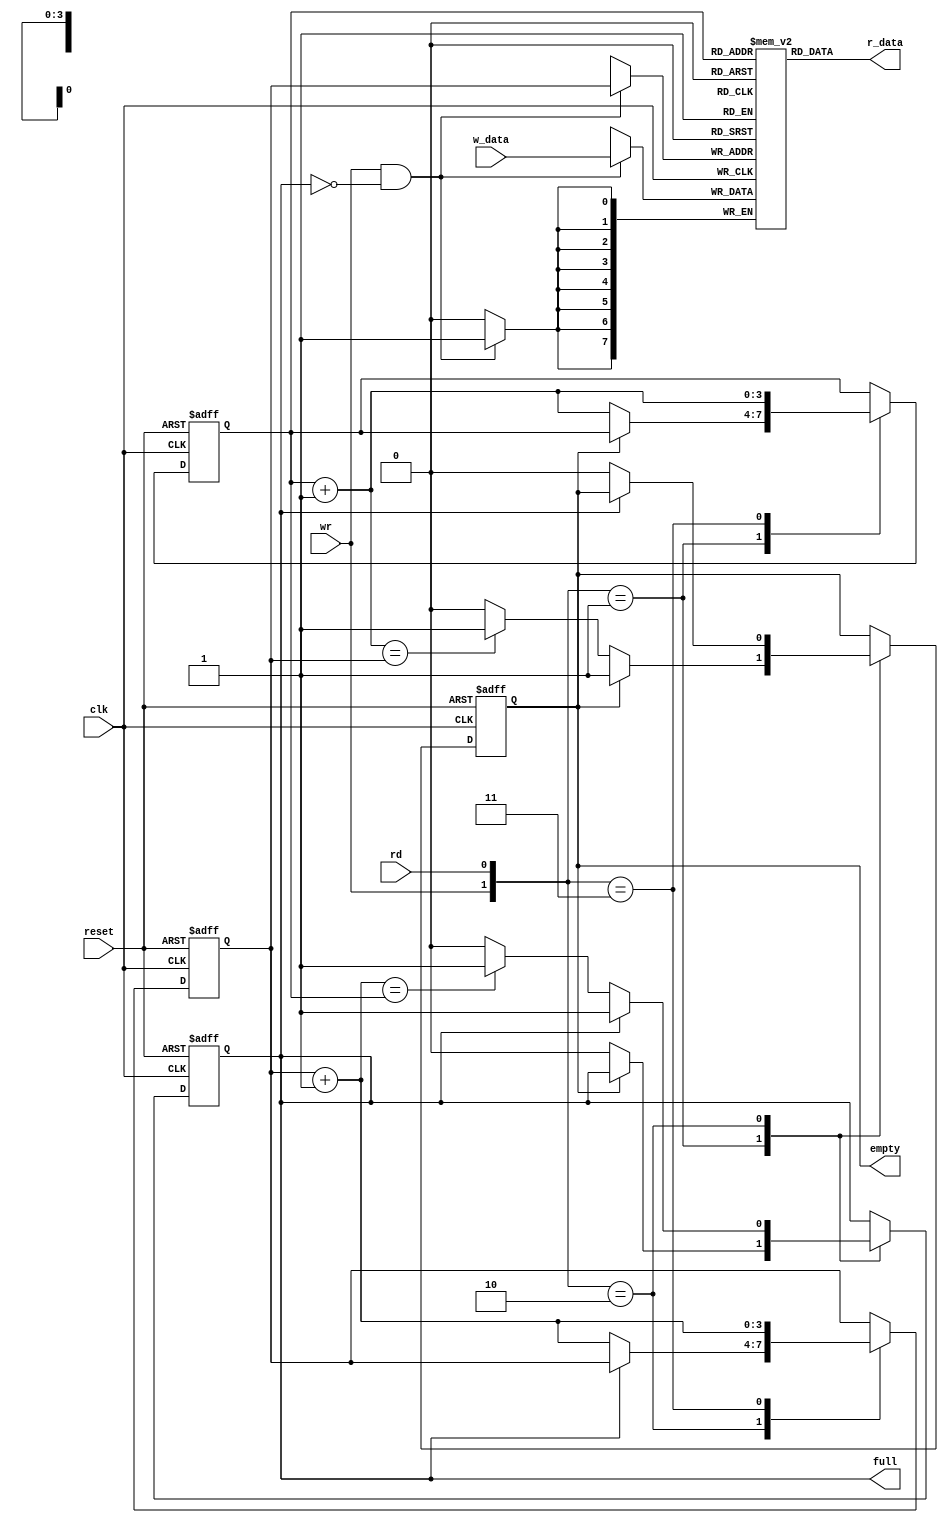
`timescale 1ns / 1ps
//////////////////////////////////////////////////////////////////////////////////
// Company: 
// Engineer: 
// 
// Design Name: 
// Module Name:    fifo 
// Project Name: 
// Target Devices: 
// Tool versions: 
// Description: 
//
// Dependencies: 
//
// Revision: 
// Revision 0.01 - File Created
// Additional Comments: 
//
//////////////////////////////////////////////////////////////////////////////////
module fifo
#(	parameter B=8, // number of bits in a word
	W=4           // number of address bits
)
(
	input wire clk, reset,
	input wire rd, wr,
	input wire [B-1:0] w_data,
	output wire empty, full,
	output wire [B-1:0] r_data
);
	//signal declaration
	reg [B-1:0] array_reg [2**W-1:0]; // register array
	reg [W-1:0] w_ptr_reg, w_ptr_next, w_ptr_succ;
	reg [W-1:0] r_ptr_reg, r_ptr_next, r_ptr_succ;
	reg full_reg, empty_reg, full_next, empty_next;
	wire wr_en;
	
	// body
	// register file write operation 
	always @(posedge clk)
		if (wr_en)
			array_reg[w_ptr_reg] <= w_data; 
		
	// register file read operation
	assign r_data = array_reg[r_ptr_reg]; 

	// write enabled only when FIFO is not full
	assign wr_en = wr & ~full_reg;

	// fifo control logic 
	// register for read and write pointers 
	always @(posedge clk, posedge reset)
	if (reset)
		begin 
			w_ptr_reg <= 0;
			r_ptr_reg <= 0;
			full_reg <= 1'b0;
			empty_reg <= 1'b1;
		end 
	else 
		begin
			w_ptr_reg <= w_ptr_next;
			r_ptr_reg <= r_ptr_next;
			full_reg <= full_next;
			empty_reg <= empty_next;
		end
		
	// next-state logic for read and write pointers
	always @* begin 
		// successive pointer values 
		w_ptr_succ = w_ptr_reg + 1;
		r_ptr_succ = r_ptr_reg + 1;
		
		// default: keep old values
		w_ptr_next = w_ptr_reg;
		r_ptr_next = r_ptr_reg;
		full_next = full_reg;
		empty_next = empty_reg;
		
		case ({wr, rd})
			// 2'b00: no op
			2'b01: // read 
			if (~empty_reg) // not empty 
				begin 
					r_ptr_next = r_ptr_succ;
					full_next = 1'b0;
					if (r_ptr_succ==w_ptr_reg)
						empty_next = 1'b1;
				end
			2'b10: // write 
				if (~full_reg) // not full 
					begin 
						w_ptr_next = w_ptr_succ;
						empty_next = 1'b0;
						if (w_ptr_succ==r_ptr_reg)
							full_next = 1'b1;
					end 
			2'b11: // write and read 
				begin 
					w_ptr_next = w_ptr_succ;
					r_ptr_next = r_ptr_succ; 
				end 
		endcase 
	end
	// output
	assign full = full_reg;
	assign empty = empty_reg;
endmodule